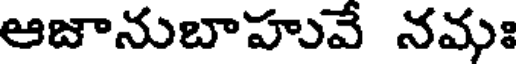
ఆజానుబాహువే నమః